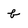
Character: b